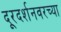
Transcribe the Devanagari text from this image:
दूरदर्शनवरच्या